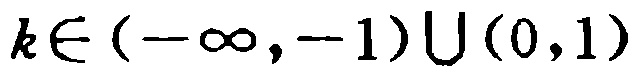
\(k\in (-\infty,-1)\cup(0,1)\)